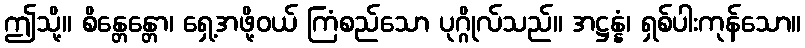
ဤသို့။ စိန္တေန္တော၊ ရှေ့အဖို့ဝယ် ကြံစည်သော ပုဂ္ဂိုလ်သည်။ အဋ္ဌန္နံ၊ ရှစ်ပါးကုန်သော။